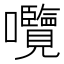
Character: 囕